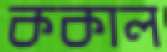
ককাল